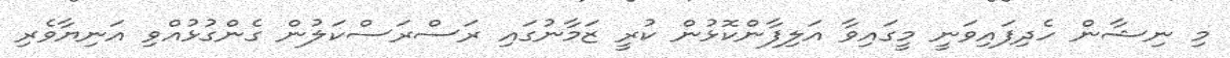
މި ނިޝާން ހެދިފައިވަނީ މީގައިވާ އަލިފާންކޮޅުން ކުރީ ޒަމާނުގައި ރަސްރަސްކަލުން ގެންގުޅުއްވި އަނިޔާވެރި